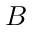
B